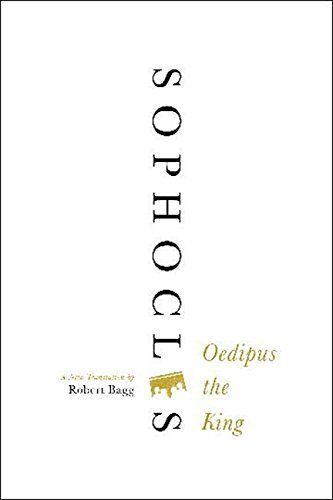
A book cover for Oedipus the King: A New Translation; Sophocles; Literature & Fiction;